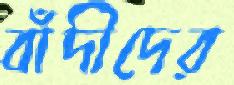
বাঁদীদের